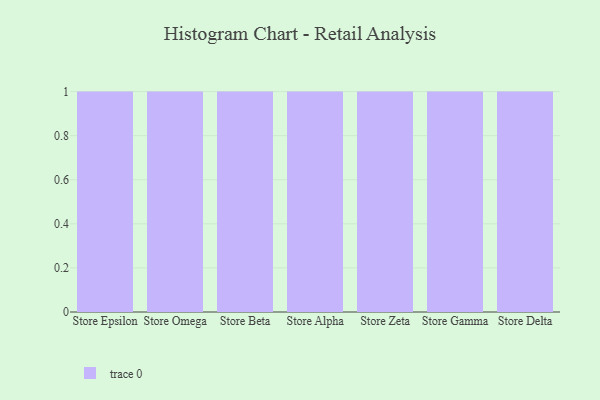
{"axis": {"x": "Store", "y": "Budget (USD K)"}, "legend": [""], "data": [{"x": "Store Epsilon", "y": 31, "type": ""}, {"x": "Store Omega", "y": 36, "type": ""}, {"x": "Store Beta", "y": 61, "type": ""}, {"x": "Store Alpha", "y": 92, "type": ""}, {"x": "Store Zeta", "y": 20, "type": ""}, {"x": "Store Gamma", "y": 26, "type": ""}, {"x": "Store Delta", "y": 89, "type": ""}]}